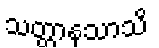
သတ္ထာနုသာသိ